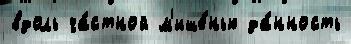
вдоль ча́стной м'ише́нью да́нность